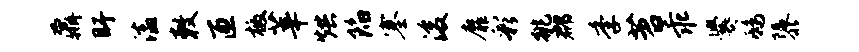
鼐盱溘敕匝檄莘烘陷塞浚靡彩挑郡季苕乖爨鸱隳